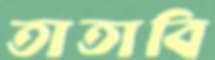
তাতাবি